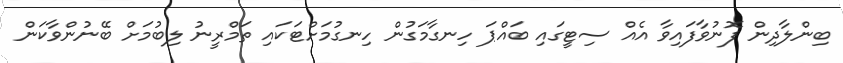
ބިންލާދިން ފޮނުވާފައިވާ އެއް ސިޓީގައި ބައްޕަ ހިނގާމަގުން ހިނގުމަށްޓަކައި ތަމްރީނު ލިބުމަށް ބޭނުންވާކަން